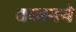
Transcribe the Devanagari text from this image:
बब्बनने